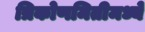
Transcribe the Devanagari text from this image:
त्रिकोणमितीमध्ये